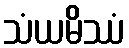
သံယမိဿံ